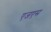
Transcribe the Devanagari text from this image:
एजएस